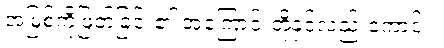
အမြစ်ကိုဖြတ်ခြင်း၏ အကြောင်းတို့နှင့်လည်းကောင်း။